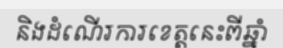
និងដំណើរការខេត្តនេះពីឆ្នាំ